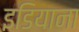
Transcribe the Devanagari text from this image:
इडियाना